Lunatic asylums Madras 1892-1911 - 1892-1911
Year: 1892
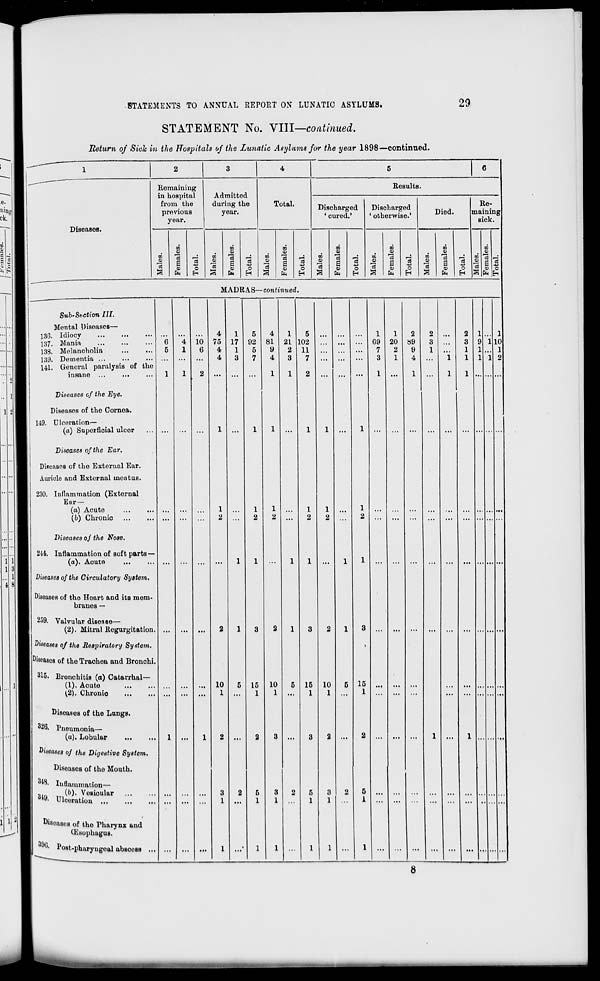
STATEMENTS TO ANNUAL REPORT ON LUNATIC ASYLUMS.
29
STATEMENT No. VIII—continued.
Return of Side in the Hospitals of the Lunatic Asylums for the year 1898—continued.
4
Diseases.
Remaining
in hospital
from the
previous
year.
Admitted
during the
year.
in
13
3
m
%
S
a>
EH
o
E-i
o
a
01
o
H
Total.
m
a;
in
o
a
0)
o
H
Results.
Discharged
' cured.'
o
13
in
a>
S o
O
EH
Discharged
' otherwise.'
DO
m
o
13
a o
Died.
S3
m
o>
13
a o
Re-
maining
sick.
o
H
CO
o
O
MADRAS—continued.
Sub-Section HI.
Mental Diseases—
130. Idiocy
187. Mania
138. Melancholia
139. Dementia ...
141. General paralysis of the
insane
Diseases of the Eye.
Diseases of the Cornea.
119. Clceration—
(a) Superficial ulcer
Diseases of the Ear.
Dineases of the External Ear.
Auricle and External ineatus.
230. Inflammation (External
Ear—
(a) Acute
(b) Chronic
Diseases of the Nose.
2-14. Inflammation of soft parts —
(a). Acute
Diseases of the Circulatory System.
Diseases of the Heart and its mem-
branes —
259. Valvular disease—
(2). Mitral Regurgitation.
diseases of the Respiratory System.
Diseases of the Trachea and Bronchi.
315. Bronchitis (a) Catarrhal—
(1). Acute
(2). Chronio
Diseases of the Lungs.
326. Pneumonia—
(a). Lobular
Diseases of the Digestive System.
Disousos of the Mouth.
W8. Inflammation—
<im
(&)■ Vesicular
3 *9- Ulceratiou ...
"isoasos of the Fharynx and
^Esophagus.
"ost-phuryngoal abscesB
10
6
4
75
4
4
10
1
1
17
1
5
92
5
15
1
4
81
9
4
10
1
1
21
2
3
1
5
102
11
7
15
1
10
1
1
1
15
1
1
69
7
3
1
20
2
1
2
89
9
4
2
3
l
l
1
2
3
1
1
1
9
1
1
1
10
1
o